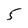
Character: 5